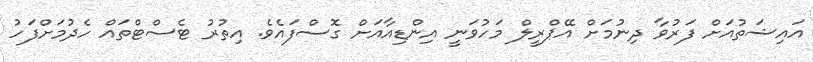
އައިޝަތުއަށް ފަރުވާ ދިނުމަށް އޭޕްރީލް މަހުވަނީ އިންޑިއާއަށް ގޮސްފައެވެ. އިތުރު ޓެސްޓްތައް ހެދުމަށްފަހު